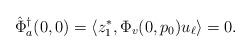
LaTeX: \begin{align*}\hat\Phi^\dagger_a(0,0) &= \langle z_1^*, \Phi_v(0,p_0)u_\ell\rangle = 0.\end{align*}